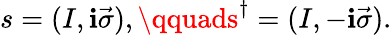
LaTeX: s=(I,\mathbf{i}\vec{{\sigma}}),\qquads^{\dagger}=(I,-\mathbf{i}\vec{{\sigma}}).